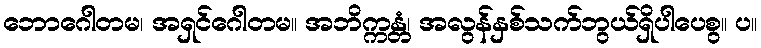
ဘောဂေါတမ၊ အရှင်ဂေါတမ။ အဘိက္ကန္တံ၊ အလွန်နှစ်သက်ဘွယ်ရှိပါပေစွ။ ပ။